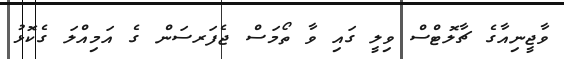
ވާޖީނިއާގެ ޗާލޮޓްސް ވިލީ ގައި ވާ ތޯމަސް ޖެފަރސަން ގެ އަމިއްލަ ގެކޮޅު